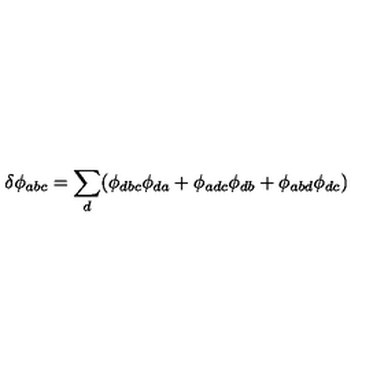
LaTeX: \delta \phi _ { a b c } = \sum _ { d } ( \phi _ { d b c } \phi _ { d a } + \phi _ { a d c } \phi _ { d b } + \phi _ { a b d } \phi _ { d c } )